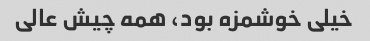
خیلی خوشمزه بود، همه چیش عالی